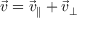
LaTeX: { \vec { v } } = { \vec { v } } _ { \parallel } + { \vec { v } } _ { \perp }